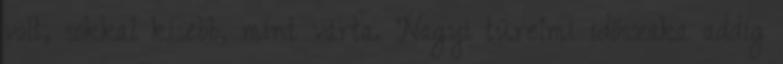
volt, sokkal kisebb, mint várta. Nagyi türelmi időszaka addig